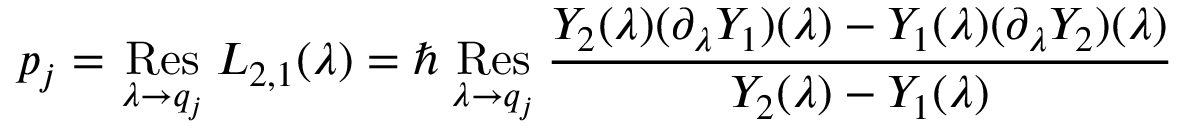
p _ { j } = \mathop { \, \mathrm { R e s \, } } _ { \lambda \to q _ { j } } L _ { 2 , 1 } ( \lambda ) = \hbar \mathop { \, \mathrm { R e s \, } } _ { \lambda \to q _ { j } } \frac { Y _ { 2 } ( \lambda ) ( \partial _ { \lambda } Y _ { 1 } ) ( \lambda ) - Y _ { 1 } ( \lambda ) ( \partial _ { \lambda } Y _ { 2 } ) ( \lambda ) } { Y _ { 2 } ( \lambda ) - Y _ { 1 } ( \lambda ) }